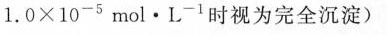
1.0 \times 10 ^ { -5 }mol·L ^ { -1 }$$时视为完全沉淀)